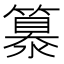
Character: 𥴠